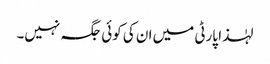
لہٰذا پارٹی میں ان کی کوئی جگہ نہیں۔